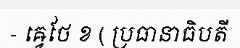
- ឝ្វេថែ ខ ( ប្រធានាធិបតី